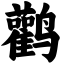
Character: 鹳